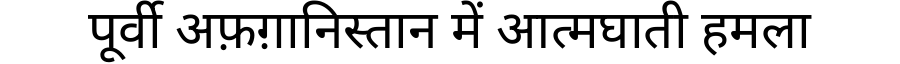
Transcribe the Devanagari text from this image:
पूर्वी अफ़ग़ानिस्तान में आत्मघाती हमला